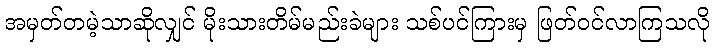
အမှတ်တမဲ့သာဆိုလျှင် မိုးသားတိမ်မည်းခဲများ သစ်ပင်ကြားမှ ဖြတ်ဝင်လာကြသလို